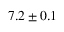
7 . 2 \pm 0 . 1